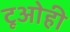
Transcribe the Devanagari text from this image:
टूओही